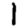
Digit: 1